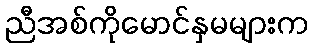
ညီအစ်ကိုမောင်နှမများက